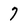
Character: 7